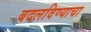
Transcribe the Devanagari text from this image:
बदलविण्याचा